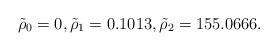
LaTeX: \begin{align*}\tilde \rho_0=0, \tilde \rho_1=0.1013, \tilde \rho_2=155.0666.\end{align*}